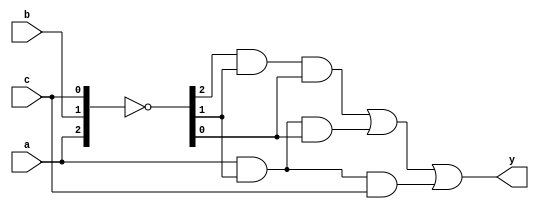
module example(input  a, b, c,
               output y);

  wire ab, bb, cb, n1, n2, n3;

  assign #1 {ab, bb, cb} = ~{a, b, c};
  assign #2 n1 = ab & bb & cb;
  assign #2 n2 = a & bb & cb;
  assign #2 n3 = a & bb & c;
  assign #4 y = n1 | n2 | n3;
endmodule